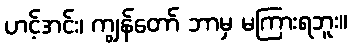
ဟင့်အင်း၊ ကျွန်တော် ဘာမှ မကြားရဘူး။